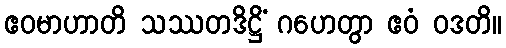
ဧဝမာဟာတိ သဿတဒိဋ္ဌိံ ဂဟေတွာ ဧဝံ ဝဒတိ။